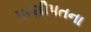
પાણીપતના